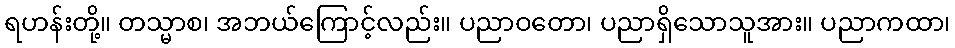
ရဟန်းတို့။ တသ္မာစ၊ အဘယ်ကြောင့်လည်း။ ပညာဝတော၊ ပညာရှိသောသူအား။ ပညာကထာ၊